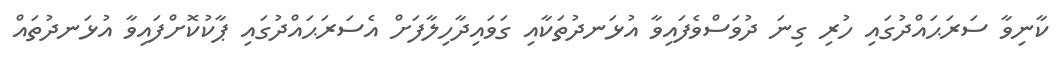
ކާނިވާ ސަރަޙައްދުގައި ހުރި ގިނަ ދުވަސްވެފައިވާ އުޅަނދުތަކާއި ގަވައިދާހިލާފަށް އެސަރަޙައްދުގައި ޕާކުކޮށްފައިވާ އުޅަނދުތައް